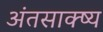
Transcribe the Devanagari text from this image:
अंतसाक्ष्य